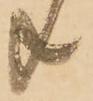
共